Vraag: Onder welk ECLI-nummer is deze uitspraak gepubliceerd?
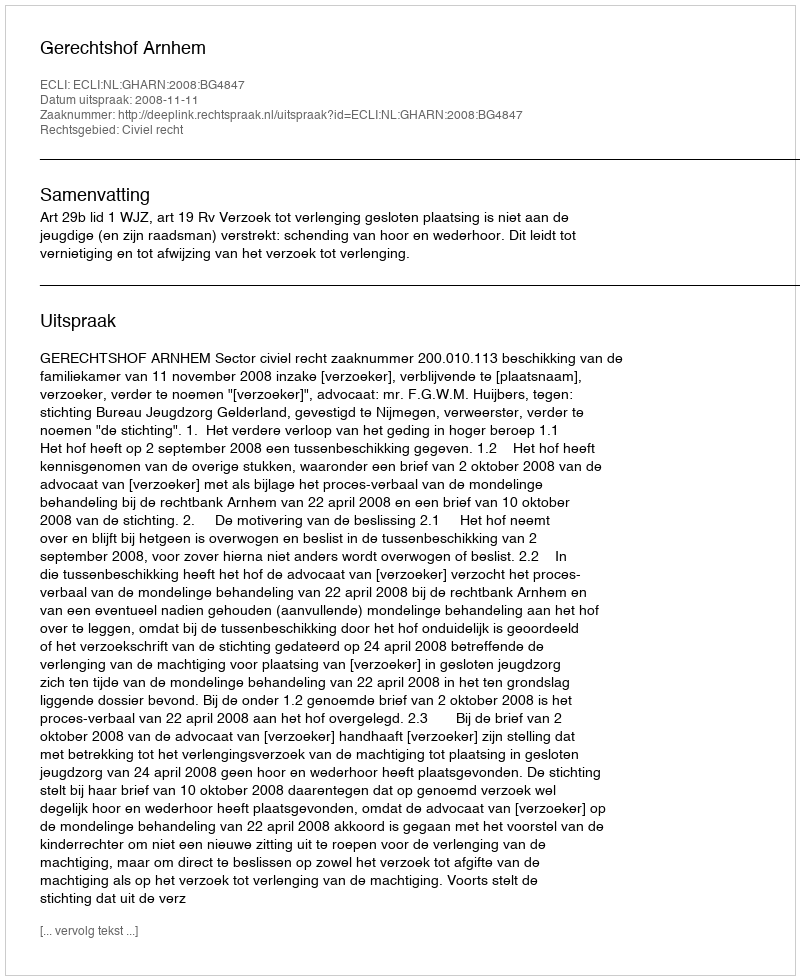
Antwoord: ECLI:NL:GHARN:2008:BG4847